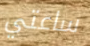
ساعتي